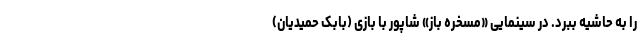
را به حاشیه ببرد. در سینمایی «مسخره باز» شاپور با بازی (بابک حمیدیان)